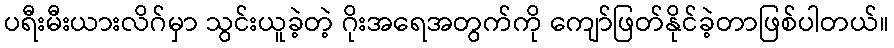
ပရီးမီးယားလိဂ်မှာ သွင်းယူခဲ့တဲ့ ဂိုးအရေအတွက်ကို ကျော်ဖြတ်နိုင်ခဲ့တာဖြစ်ပါတယ်။